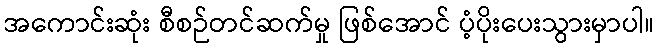
အကောင်းဆုံး စီစဉ်တင်ဆက်မှု ဖြစ်အောင် ပံ့ပိုးပေးသွားမှာပါ။